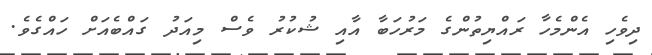
ދިވެހި އެންމެހާ ރައްޔިތުންގެ މަރުހަބާ އާއި ޝުކުރު ވެސް މިއަދު ގައްބެއަށް ހައްގެވެ.